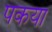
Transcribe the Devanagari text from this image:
पकया